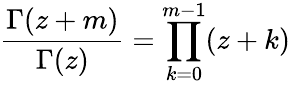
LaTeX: {\frac{\Gamma(z+m)}{\Gamma(z)}}=\prod_{k=0}^{m-1}(z+k)